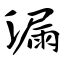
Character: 漏